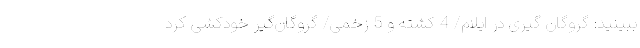
ببینید: گروگان گیری در ایلام/ 4 کشته و 5 زخمی/ گروگان‌گیر خودکشی کرد